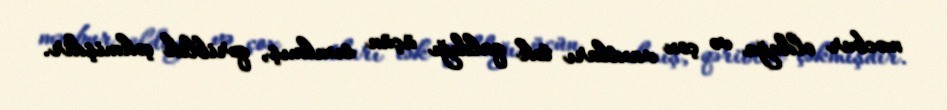
məcbur olduğu və çox vaxtları tək qaldığı üçün sıxılmış, qəriblik çəkmişdir.